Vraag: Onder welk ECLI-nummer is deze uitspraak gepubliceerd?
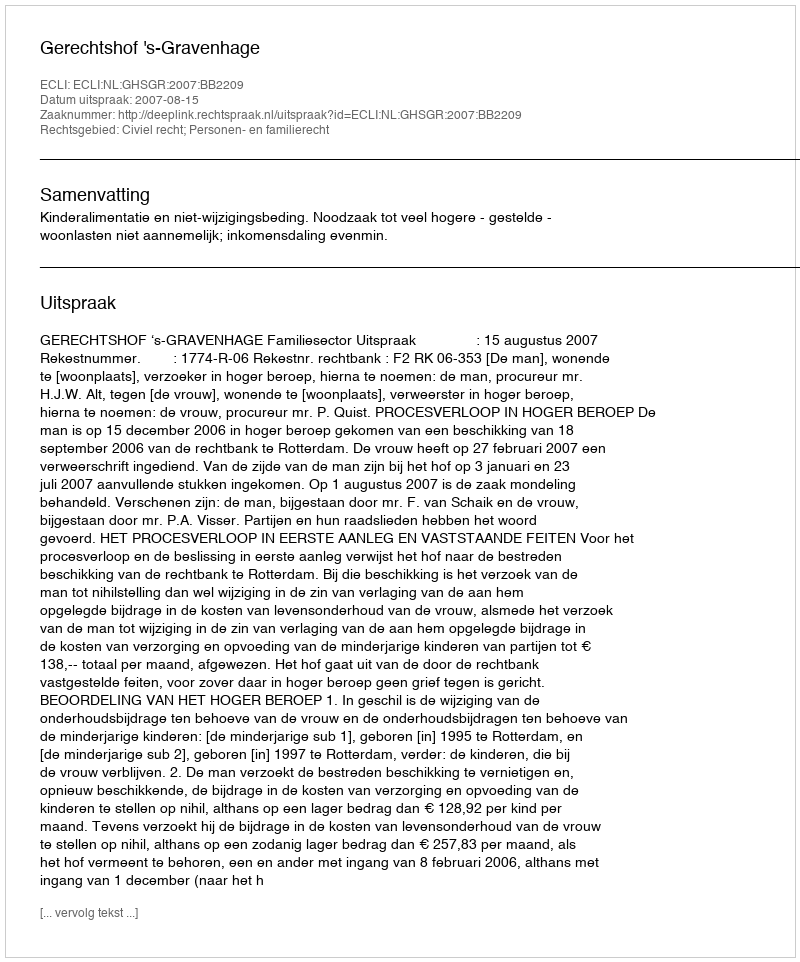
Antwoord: ECLI:NL:GHSGR:2007:BB2209